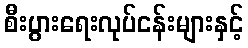
စီးပွားရေးလုပ်ငန်းများနှင့်